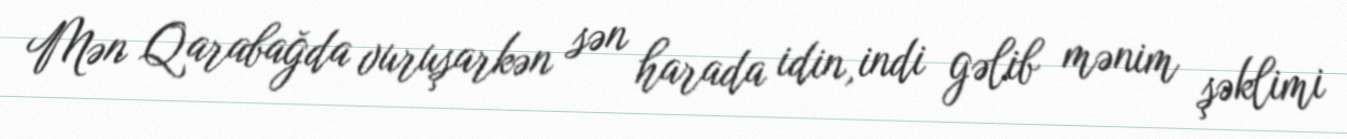
Mən Qarabağda vuruşarkən sən harada idin, indi gəlib mənim şəklimi